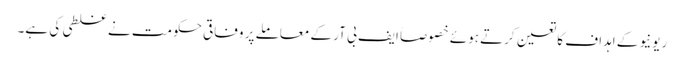
ریونیو کے اہداف کا تعین کرتے ہوئے خصوصاً ایف بی آر کے معاملے پر وفاقی حکومت نے غلطی کی ہے۔